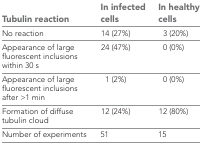
<table><thead><tr><td><b>Tubulin reaction</b></td><td><b>In infected cells</b></td><td><b>In healthy cells</b></td></tr></thead><tbody><tr><td>No reaction</td><td>14 (27%)</td><td>3 (20%)</td></tr><tr><td>Appearance of large fluorescent inclusions within 30 s</td><td>24 (47%)</td><td>0 (0%)</td></tr><tr><td>Appearance of large fluorescent inclusions after &gt;1 min</td><td>1 (2%)</td><td>0 (0%)</td></tr><tr><td>Formation of diffuse tubulin cloud</td><td>12 (24%)</td><td>12 (80%)</td></tr><tr><td>Number of experiments</td><td>51</td><td>15</td></tr></tbody></table>